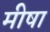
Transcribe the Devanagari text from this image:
मीषा